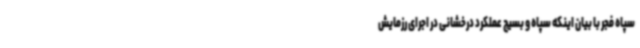
سپاه فجر با بیان اینکه سپاه و بسیج عملکرد درخشانی در اجرای رزمایش